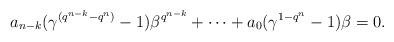
LaTeX: \begin{align*} a_{n-k}(\gamma^{(q^{n-k}-q^n)}-1)\beta^{q^{n-k}}+\cdots +a_0(\gamma^{1-q^n}-1)\beta=0. \end{align*}